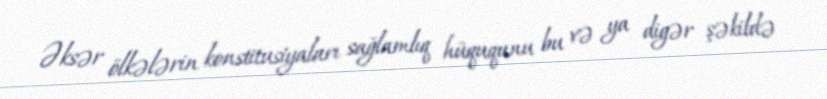
Əksər ölkələrin konstitusiyaları sağlamlıq hüququnu bu və ya digər şəkildə